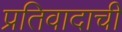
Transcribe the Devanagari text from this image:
प्रतिवादाची